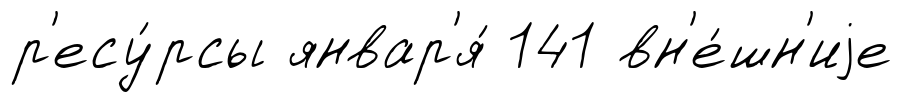
р'есу́рсы январ'я́ 141 вн'е́шн'иjе